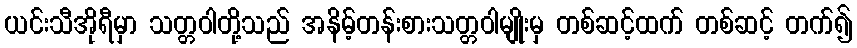
ယင်းသီအိုရီမှာ သတ္တဝါတို့သည် အနိမ့်တန်းစားသတ္တဝါမျိုးမှ တစ်ဆင့်ထက် တစ်ဆင့် တက်၍